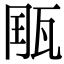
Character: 𤭄